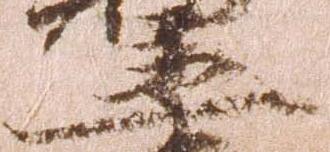
丞